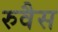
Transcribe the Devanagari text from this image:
रुवैस